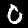
Label: 0